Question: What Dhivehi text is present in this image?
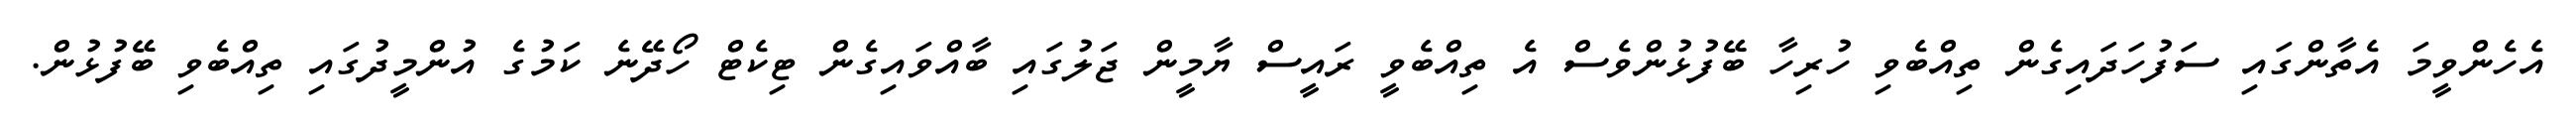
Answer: އެހެންވީމަ އެތާންގައި ސަފުހަދައިގެން ތިއްބެވި ހުރިހާ ބޭފުޅުންވެސް އެ ތިއްބެވީ ރައީސް ޔާމީން ޖަލުގައި ބާއްވައިގެން ޓިކެޓް ހޯދޭނެ ކަމުގެ އުންމީދުގައި ތިއްބެވި ބޭފުޅުން.